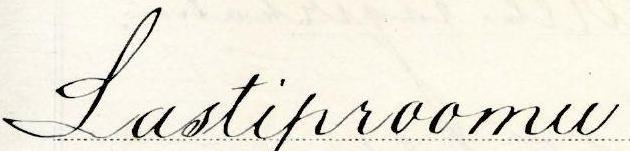
Lastiproomu